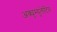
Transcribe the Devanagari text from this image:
अक्युम्युलेटिव